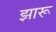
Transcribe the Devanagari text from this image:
झारू